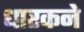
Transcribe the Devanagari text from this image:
धारकने